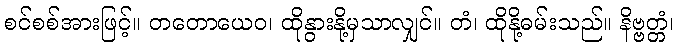
စင်စစ်အားဖြင့်။ တတောယေဝ၊ ထိုနွားနို့မှသာလျှင်။ တံ၊ ထိုနို့ဓမ်းသည်။ နိဗ္ဗတ္တံ၊